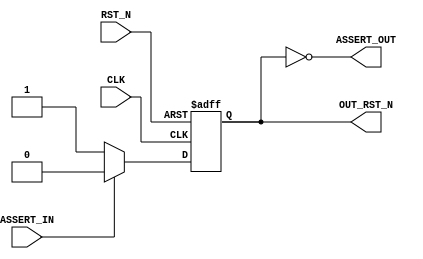

// Copyright (c) 2000-2009 Bluespec, Inc.

// Permission is hereby granted, free of charge, to any person obtaining a copy
// of this software and associated documentation files (the "Software"), to deal
// in the Software without restriction, including without limitation the rights
// to use, copy, modify, merge, publish, distribute, sublicense, and/or sell
// copies of the Software, and to permit persons to whom the Software is
// furnished to do so, subject to the following conditions:

// The above copyright notice and this permission notice shall be included in
// all copies or substantial portions of the Software.

// THE SOFTWARE IS PROVIDED "AS IS", WITHOUT WARRANTY OF ANY KIND, EXPRESS OR
// IMPLIED, INCLUDING BUT NOT LIMITED TO THE WARRANTIES OF MERCHANTABILITY,
// FITNESS FOR A PARTICULAR PURPOSE AND NONINFRINGEMENT. IN NO EVENT SHALL THE
// AUTHORS OR COPYRIGHT HOLDERS BE LIABLE FOR ANY CLAIM, DAMAGES OR OTHER
// LIABILITY, WHETHER IN AN ACTION OF CONTRACT, TORT OR OTHERWISE, ARISING FROM,
// OUT OF OR IN CONNECTION WITH THE SOFTWARE OR THE USE OR OTHER DEALINGS IN
// THE SOFTWARE.
//
// $Revision: 17872 $
// $Date: 2009-09-18 14:32:56 +0000 (Fri, 18 Sep 2009) $

`ifdef BSV_ASSIGNMENT_DELAY
`else
`define BSV_ASSIGNMENT_DELAY
`endif


module MakeReset0 (
		  CLK,
		  RST_N,
                  ASSERT_IN,
		  ASSERT_OUT,

                  OUT_RST_N
                  );
  
   parameter          init = 1 ;

   input              CLK ;
   input              RST_N ;
   input              ASSERT_IN ;
   output             ASSERT_OUT ;

   output             OUT_RST_N ;

   reg                rst ;

   assign ASSERT_OUT = !rst ;

   assign OUT_RST_N = rst ;

   always@(posedge CLK or negedge RST_N) begin
      if (RST_N == 0)
        rst <= `BSV_ASSIGNMENT_DELAY init;
      else 
        begin
           if (ASSERT_IN)
             rst <= `BSV_ASSIGNMENT_DELAY 1'b0;
           else // if (rst == 1'b0)
             rst <= `BSV_ASSIGNMENT_DELAY 1'b1;
        end // else: !if(RST_N == 0)
   end // always@ (posedge CLK or negedge RST_N)
   

`ifdef BSV_NO_INITIAL_BLOCKS
`else // not BSV_NO_INITIAL_BLOCKS
   // synopsys translate_off
   initial begin
      #0 ;
      rst = 1'b1 ;
   end
   // synopsys translate_on
`endif // BSV_NO_INITIAL_BLOCKS

endmodule // MakeReset0